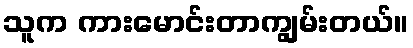
သူက ကားမောင်းတာကျွမ်းတယ်။